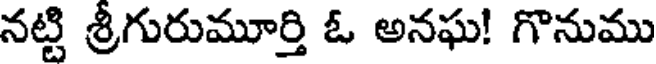
నట్టి శ్రీగురుమూర్తి ఓ అనఘ! గొనుము